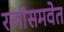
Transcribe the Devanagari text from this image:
रत्नांसमवेत